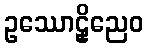
ဥဿောဠှိညေဝ